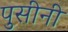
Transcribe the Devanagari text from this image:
पुसीनी